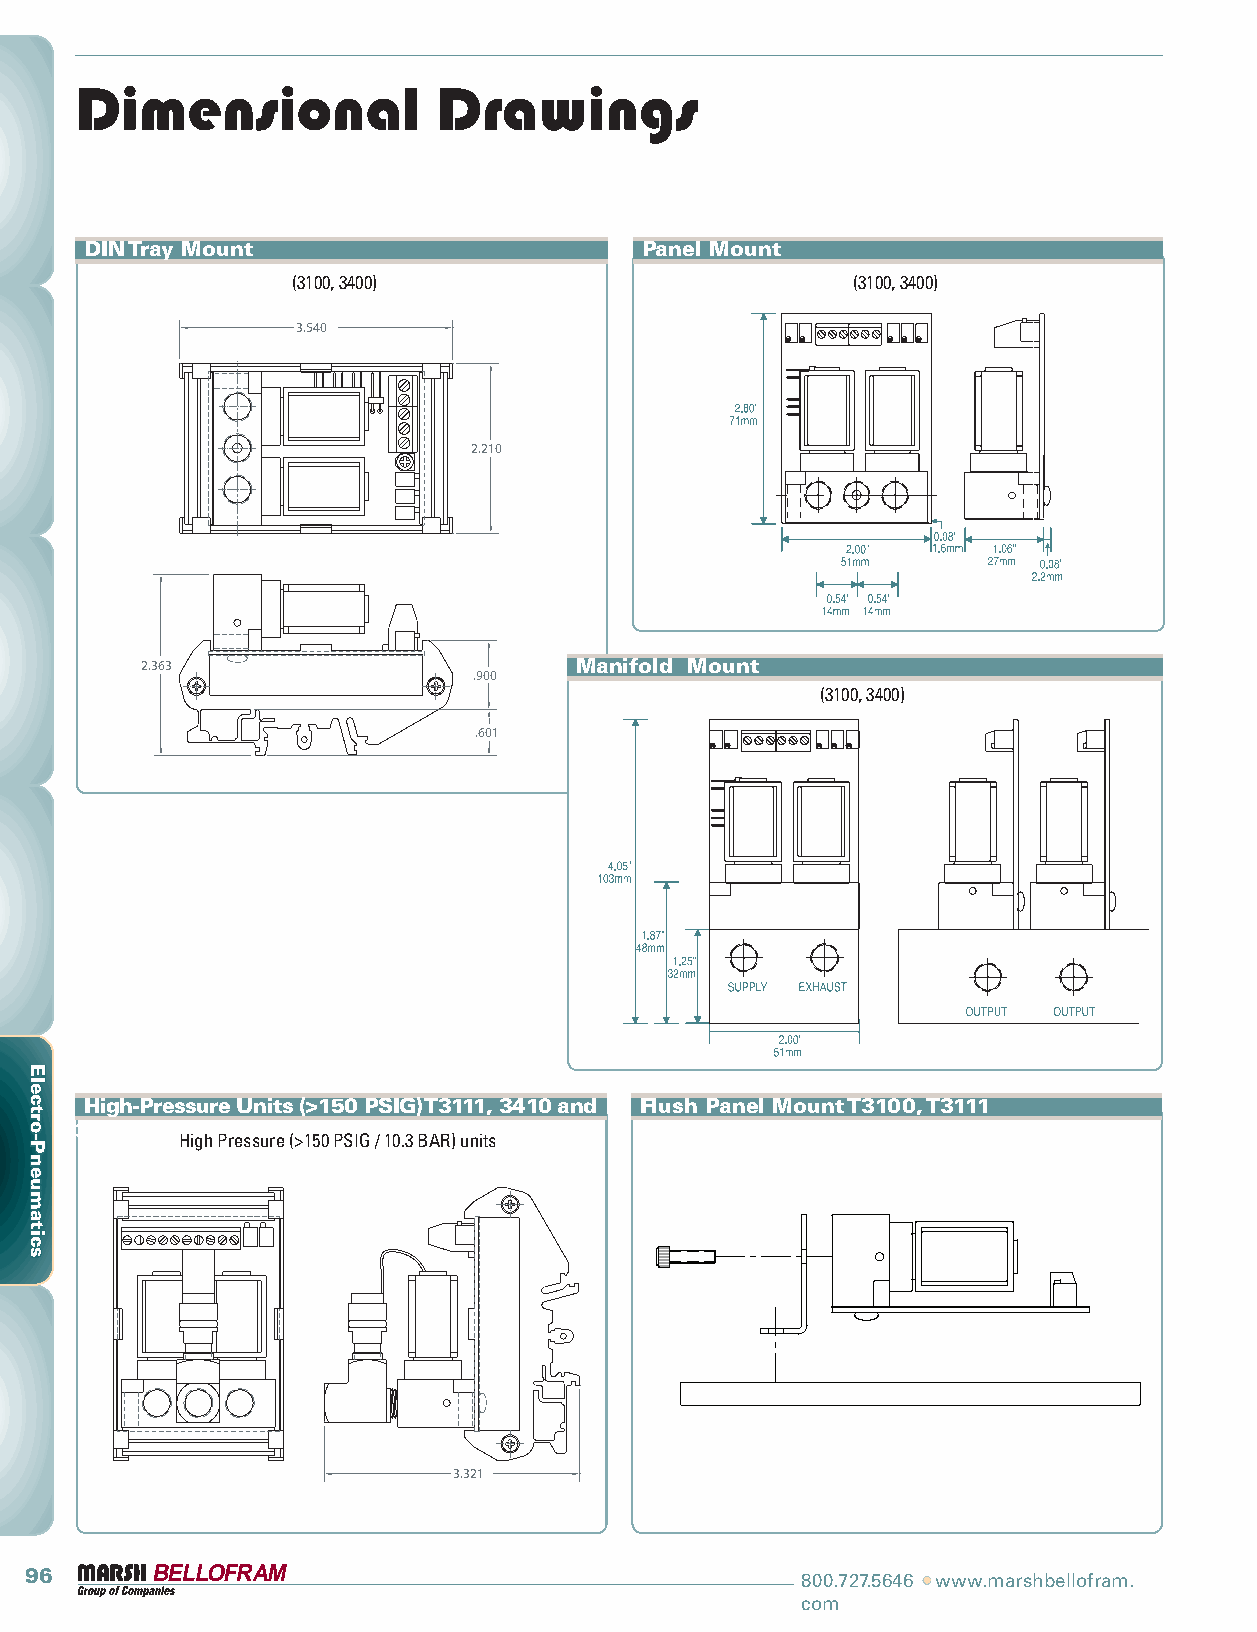
Dimensional             Drawings
 DIN Tray Mount                      Panel Mount
 (3100, 3400)                         (3100, 3400)
 3.540
 2.210
 2.363                        Manifold Mount
 .900
 (3100, 3400)
 .601
 3.321
 3.540
 High-Pressure Units (>150 PSIG) T3111, 3410 and Flush Panel Mount T3100, T3111
 2.210 3420  High Pressure (>150 PSIG / 10.3 BAR) units
 2.363
 .900
 .601
 3.321
 96                                                 800.727.5646 •• www.marshbellofram.
 com
 EElleeccttrroo--PPnneeuummaattiiccss